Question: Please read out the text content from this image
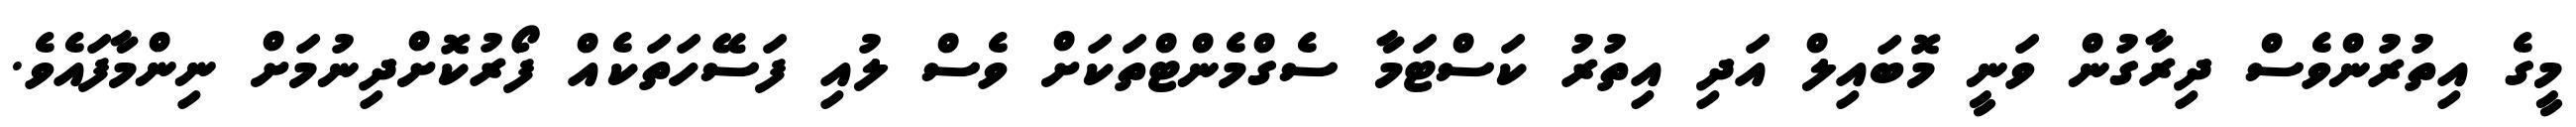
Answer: މީގެ އިތުރުންވެސް ދިރާގުން ވަނީ މޮބައިލް އަދި އިތުރު ކަސްޓަމާ ސެގްމެންޓްތަކަށް ވެސް ލުއި ފަސޭހަތަކެއް ފޯރުކޮށްދިނުމަށް ނިންމާފައެވެ.